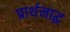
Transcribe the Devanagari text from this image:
प्रार्थनाद्ध